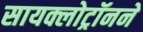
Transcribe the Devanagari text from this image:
सायक्लोट्रॉनने